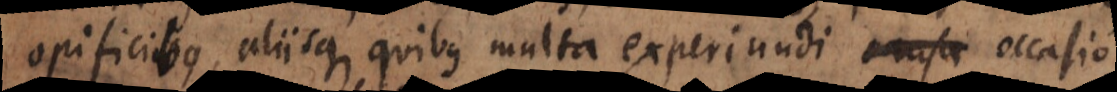
opificibus, aliisque quibus multa experiendi causa occasio